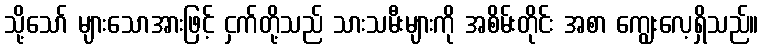
သို့သော် များသောအားဖြင့် ငှက်တို့သည် သားသမီးများကို အစိမ်းတိုင်း အစာ ကျွေးလေ့ရှိသည်။